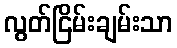
လွတ်ငြိမ်းချမ်းသာ